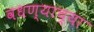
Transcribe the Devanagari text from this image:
वधण्याच्या